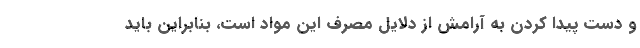
و دست پیدا کردن به آرامش از دلایل مصرف این مواد است، بنابراین باید